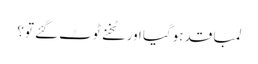
لمبا قد ہوگیا اور ٹخنے ٹوٹ گئے تو؟